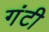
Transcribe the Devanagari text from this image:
गंटी